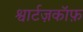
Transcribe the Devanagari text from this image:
श्वार्टज़कॉफ़